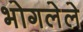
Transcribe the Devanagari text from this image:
भोगलेले